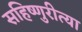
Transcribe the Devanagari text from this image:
सहिष्णुरीत्या